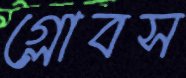
গ্লোবস